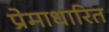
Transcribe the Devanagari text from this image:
प्रेमाधारित